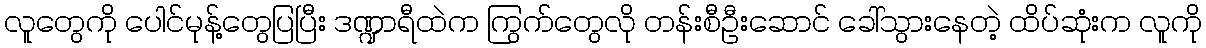
လူတွေကို ပေါင်မုန့်တွေပြပြီး ဒဏ္ဍာရီထဲက ကြွက်တွေလို တန်းစီဦးဆောင် ခေါ်သွားနေတဲ့ ထိပ်ဆုံးက လူကို